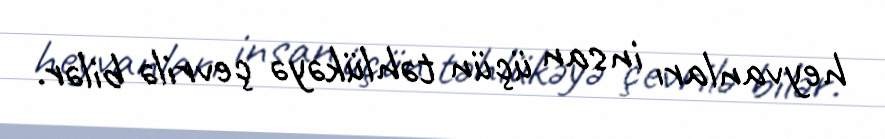
heyvanları insan üçün təhlükəyə çevrilə bilər.